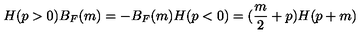
H ( p > 0 ) B _ { F } ( m ) = - B _ { F } ( m ) H ( p < 0 ) = ( \frac { m } { 2 } + p ) H ( p + m )